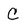
Character: C